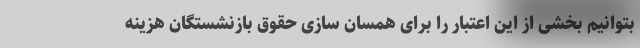
بتوانیم بخشی از این اعتبار را برای همسان سازی حقوق بازنشستگان هزینه